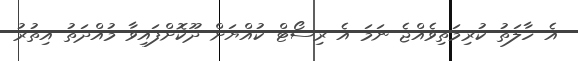
އެ ހާލަތު ކުރިމަތިވެއްޖެ ނަމަ އެ ރިސޯޓް ކުއްޔަށް ދޫކޮށްފައިވާ މުއްދަތު އިތުރު